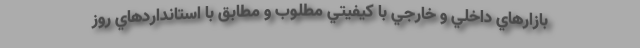
بازارهاي داخلي و خارجي با كيفيتي مطلوب و مطابق با استانداردهاي روز